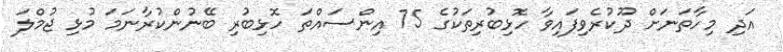
އަދި މިހާތަނަށް ދޫކުރެވިފައިވާ ހޮޅިބުރިތަކުގެ 75 އިންސައްތަ ހޮޅިބުރި ބޭނުންކުރާނަމަ މުޅި ޖުމްލަ